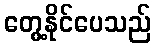
တွေ့နိုင်ပေသည်